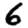
Digit: 6